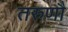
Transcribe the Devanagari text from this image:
तरुणौ